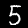
Digit: 5